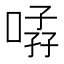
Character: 𱓨